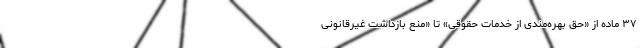
۳۷ ماده از «حق بهره‌مندی از خدمات حقوقی» تا «منع بازداشت غیرقانونی